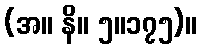
(အ။ နိ။ ၅။၁၇၅)။